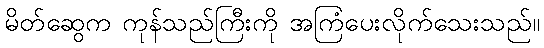
မိတ်ဆွေက ကုန်သည်ကြီးကို အကြံပေးလိုက်သေးသည်။